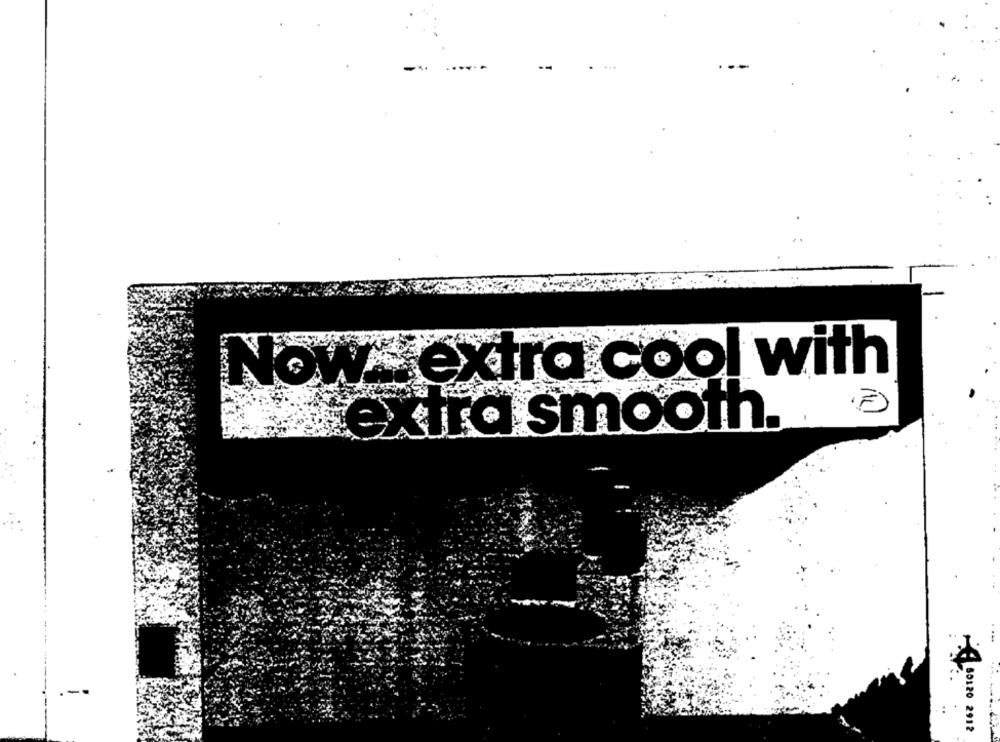
Now extra cool with
(F)
extra smooth.
. ...
-
50120 2912